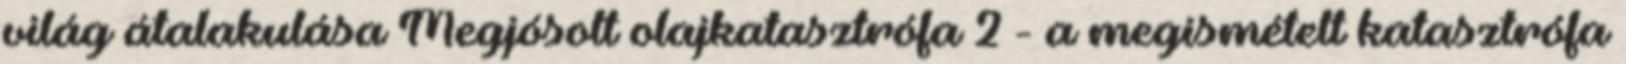
világ átalakulása Megjósolt olajkatasztrófa 2 - a megismételt katasztrófa